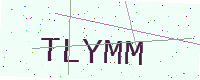
Text: TLYMM